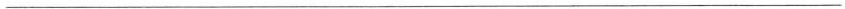
___